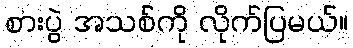
စားပွဲ အသစ်ကို လိုက်ပြမယ်။